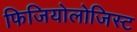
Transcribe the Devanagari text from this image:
फिजियोलोजिस्ट